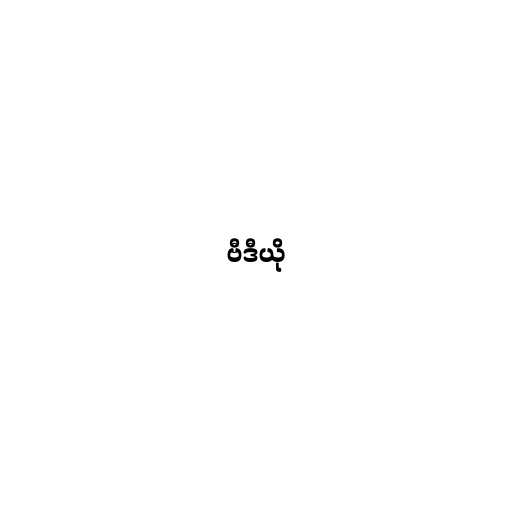
ဗီဒီယို